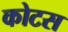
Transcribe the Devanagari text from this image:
कोटस